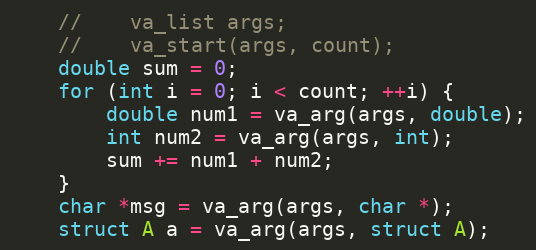
Language: C
    //    va_list args;
    //    va_start(args, count);
    double sum = 0;
    for (int i = 0; i < count; ++i) {
        double num1 = va_arg(args, double);
        int num2 = va_arg(args, int);
        sum += num1 + num2;
    }
    char *msg = va_arg(args, char *);
    struct A a = va_arg(args, struct A);